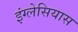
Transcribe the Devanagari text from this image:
इंग्लेसियास